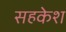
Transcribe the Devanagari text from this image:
सहकेश